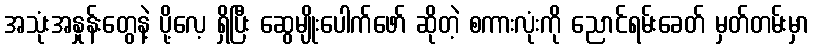
အသုံးအနှုန်းတွေနဲ့ ပို့လေ့ ရှိပြီး ဆွေမျိုးပေါက်ဖော် ဆိုတဲ့ စကားလုံးကို ညောင်ရမ်းခေတ် မှတ်တမ်းမှာ